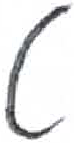
אות: ט